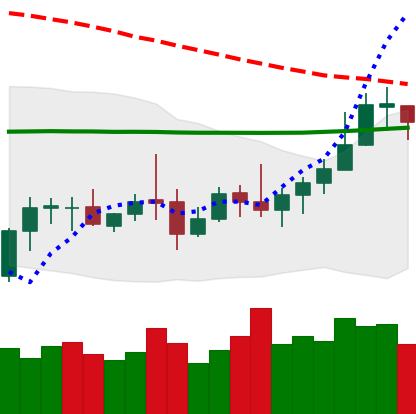
Ticker: LTC-USD
Chart end date: 2020-10-13
Forward return: -4.648%
Label: down_3_5